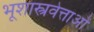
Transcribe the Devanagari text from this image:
भूशास्त्रवेत्ताओं